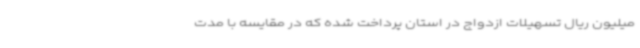
میلیون ریال تسهیلات ازدواج در استان پرداخت شده که در مقایسه با مدت